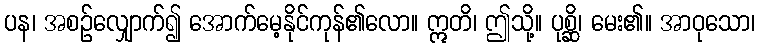
ပန၊ အစဉ်လျှောက်၍ အောက်မေ့နိုင်ကုန်၏လော။ ဣတိ၊ ဤသို့။ ပုစ္ဆိ၊ မေး၏။ အာဝုသော၊